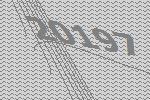
20197